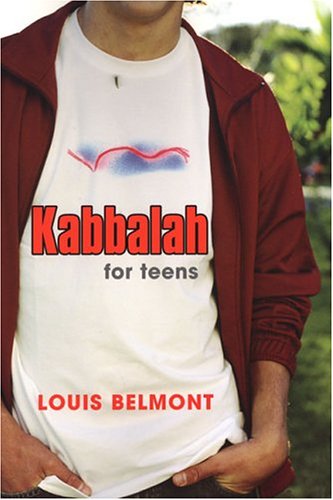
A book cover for Kabbalah For Teens; Louis Belmont; Teen & Young Adult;